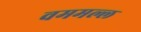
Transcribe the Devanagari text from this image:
वममल्ल